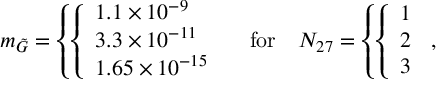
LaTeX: m _ { \tilde { G } } = \left\{ \left\{ \begin{array} { l l } { { 1 . 1 \times 1 0 ^ { - 9 } } } \\ { { 3 . 3 \times 1 0 ^ { - 1 1 } } } \\ { { 1 . 6 5 \times 1 0 ^ { - 1 5 } } } \end{array} \right. \right. \quad \mathrm { f o r } \quad N _ { 2 7 } = \left\{ \left\{ \begin{array} { l l } { { 1 } } \\ { { 2 } } \\ { { 3 } } \end{array} \right. \right. ,